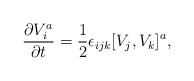
\begin{align*}{\partial V_i^a \over \partial t} = {1\over 2} \epsilon_{ijk}[V_j,V_k]^a,\end{align*}